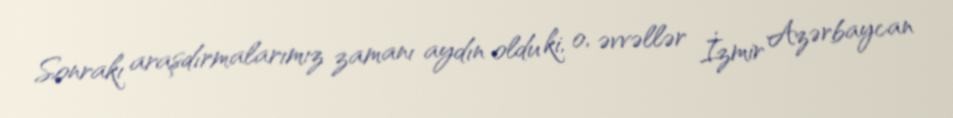
Sonrakı araşdırmalarımız zamanı aydın oldu ki, o, əvvəllər İzmir Azərbaycan